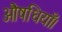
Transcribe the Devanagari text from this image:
औषधियाँ।